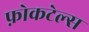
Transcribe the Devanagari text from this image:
फ़ोकटेल्स